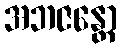
အဘဇန္တော